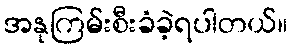
အနုကြမ်းစီးခံခဲ့ရပါတယ်။